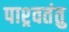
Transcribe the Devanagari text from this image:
पाश्र्वतंतु